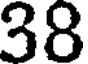
38